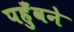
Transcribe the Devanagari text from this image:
पहुँवने